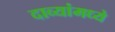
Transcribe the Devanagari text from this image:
दाव्यांमध्ये